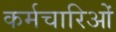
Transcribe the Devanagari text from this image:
कर्मचारिओं